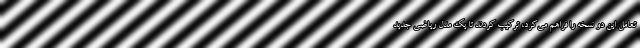
تعامل این دو نسخه را فراهم می‌کرد، ترکیب کردند تا یک مدل ریاضی جدید